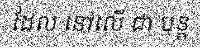
ដែល នៅលើ ជា បន្ត